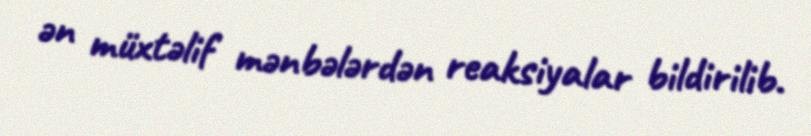
ən müxtəlif mənbələrdən reaksiyalar bildirilib.